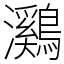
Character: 鸂